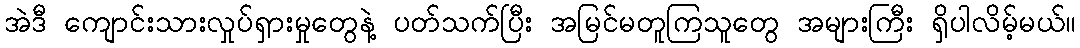
အဲဒီ ကျောင်းသားလှုပ်ရှားမှုတွေနဲ့ ပတ်သက်ပြီး အမြင်မတူကြသူတွေ အများကြီး ရှိပါလိမ့်မယ်။